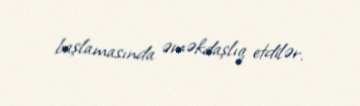
başlamasında əməkdaşlıq etdilər.